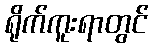
ရိုက်ကူးရာတွင်